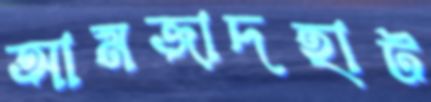
আমজাদহাট